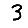
Digit: 3